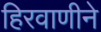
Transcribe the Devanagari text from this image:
हिरवाणीने